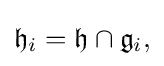
\displaystyle {{\mathfrak {h}}_{i}={\mathfrak {h}}\cap {\mathfrak {g}}_{i},}